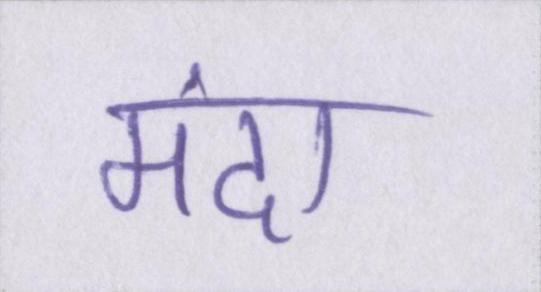
मंदा